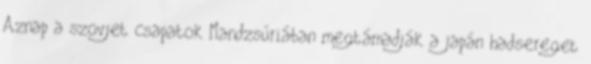
Aznap a szovjet csapatok Mandzsúriában megtámadják a japán hadsereget